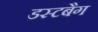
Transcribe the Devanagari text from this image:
डस्टबैग